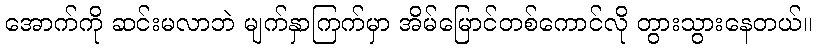
အောက်ကို ဆင်းမလာဘဲ မျက်နှာကြက်မှာ အိမ်မြောင်တစ်ကောင်လို တွားသွားနေတယ်။